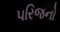
૫રિજનો